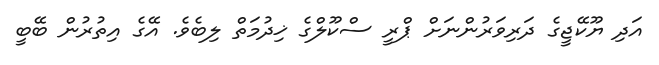
އަދި ޔޫކޭޖީގެ ދަރިވަރުންނަށް ޕްރީ ސްކޫލްގެ ޚިދުމަތް ލިބެެވެ. އޭގެ އިިތުރުން ބޭބީ